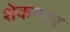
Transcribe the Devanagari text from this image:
शेकणार